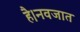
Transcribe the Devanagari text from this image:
है।नवजात